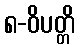
၈-ဝိပတ္တိ